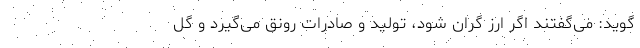
‌گوید: می‌گفتند اگر ارز گران شود، تولید و صادرات رونق می‌گیرد و گل